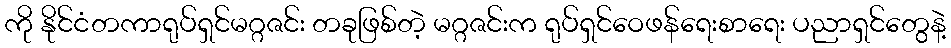
ကို နိုင်ငံတကာရုပ်ရှင်မဂ္ဂဇင်း တခုဖြစ်တဲ့ မဂ္ဂဇင်းက ရုပ်ရှင်ဝေဖန်ရေးစာရေး ပညာရှင်တွေနဲ့